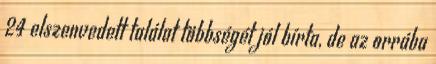
24 elszenvedett találat többségét jól bírta, de az orrába